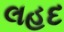
લહદ